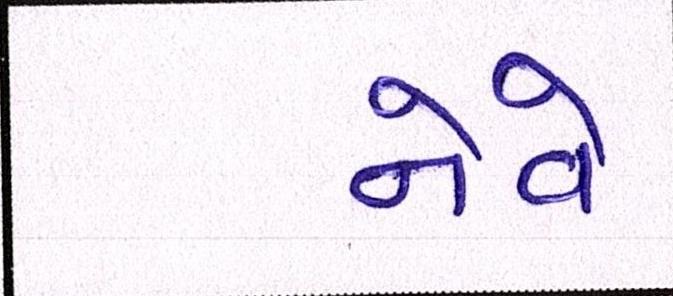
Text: નેવે